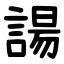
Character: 諹